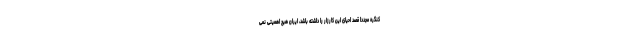
کنگره مجددا قصد احیای این کارزار را داشته باشد، ایران هیچ اهمیتی نمی